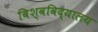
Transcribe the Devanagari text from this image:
बिश्वविद्यालय